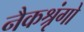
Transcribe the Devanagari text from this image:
नैकश्रृंगो